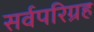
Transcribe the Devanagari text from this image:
सर्वपरिग्रह